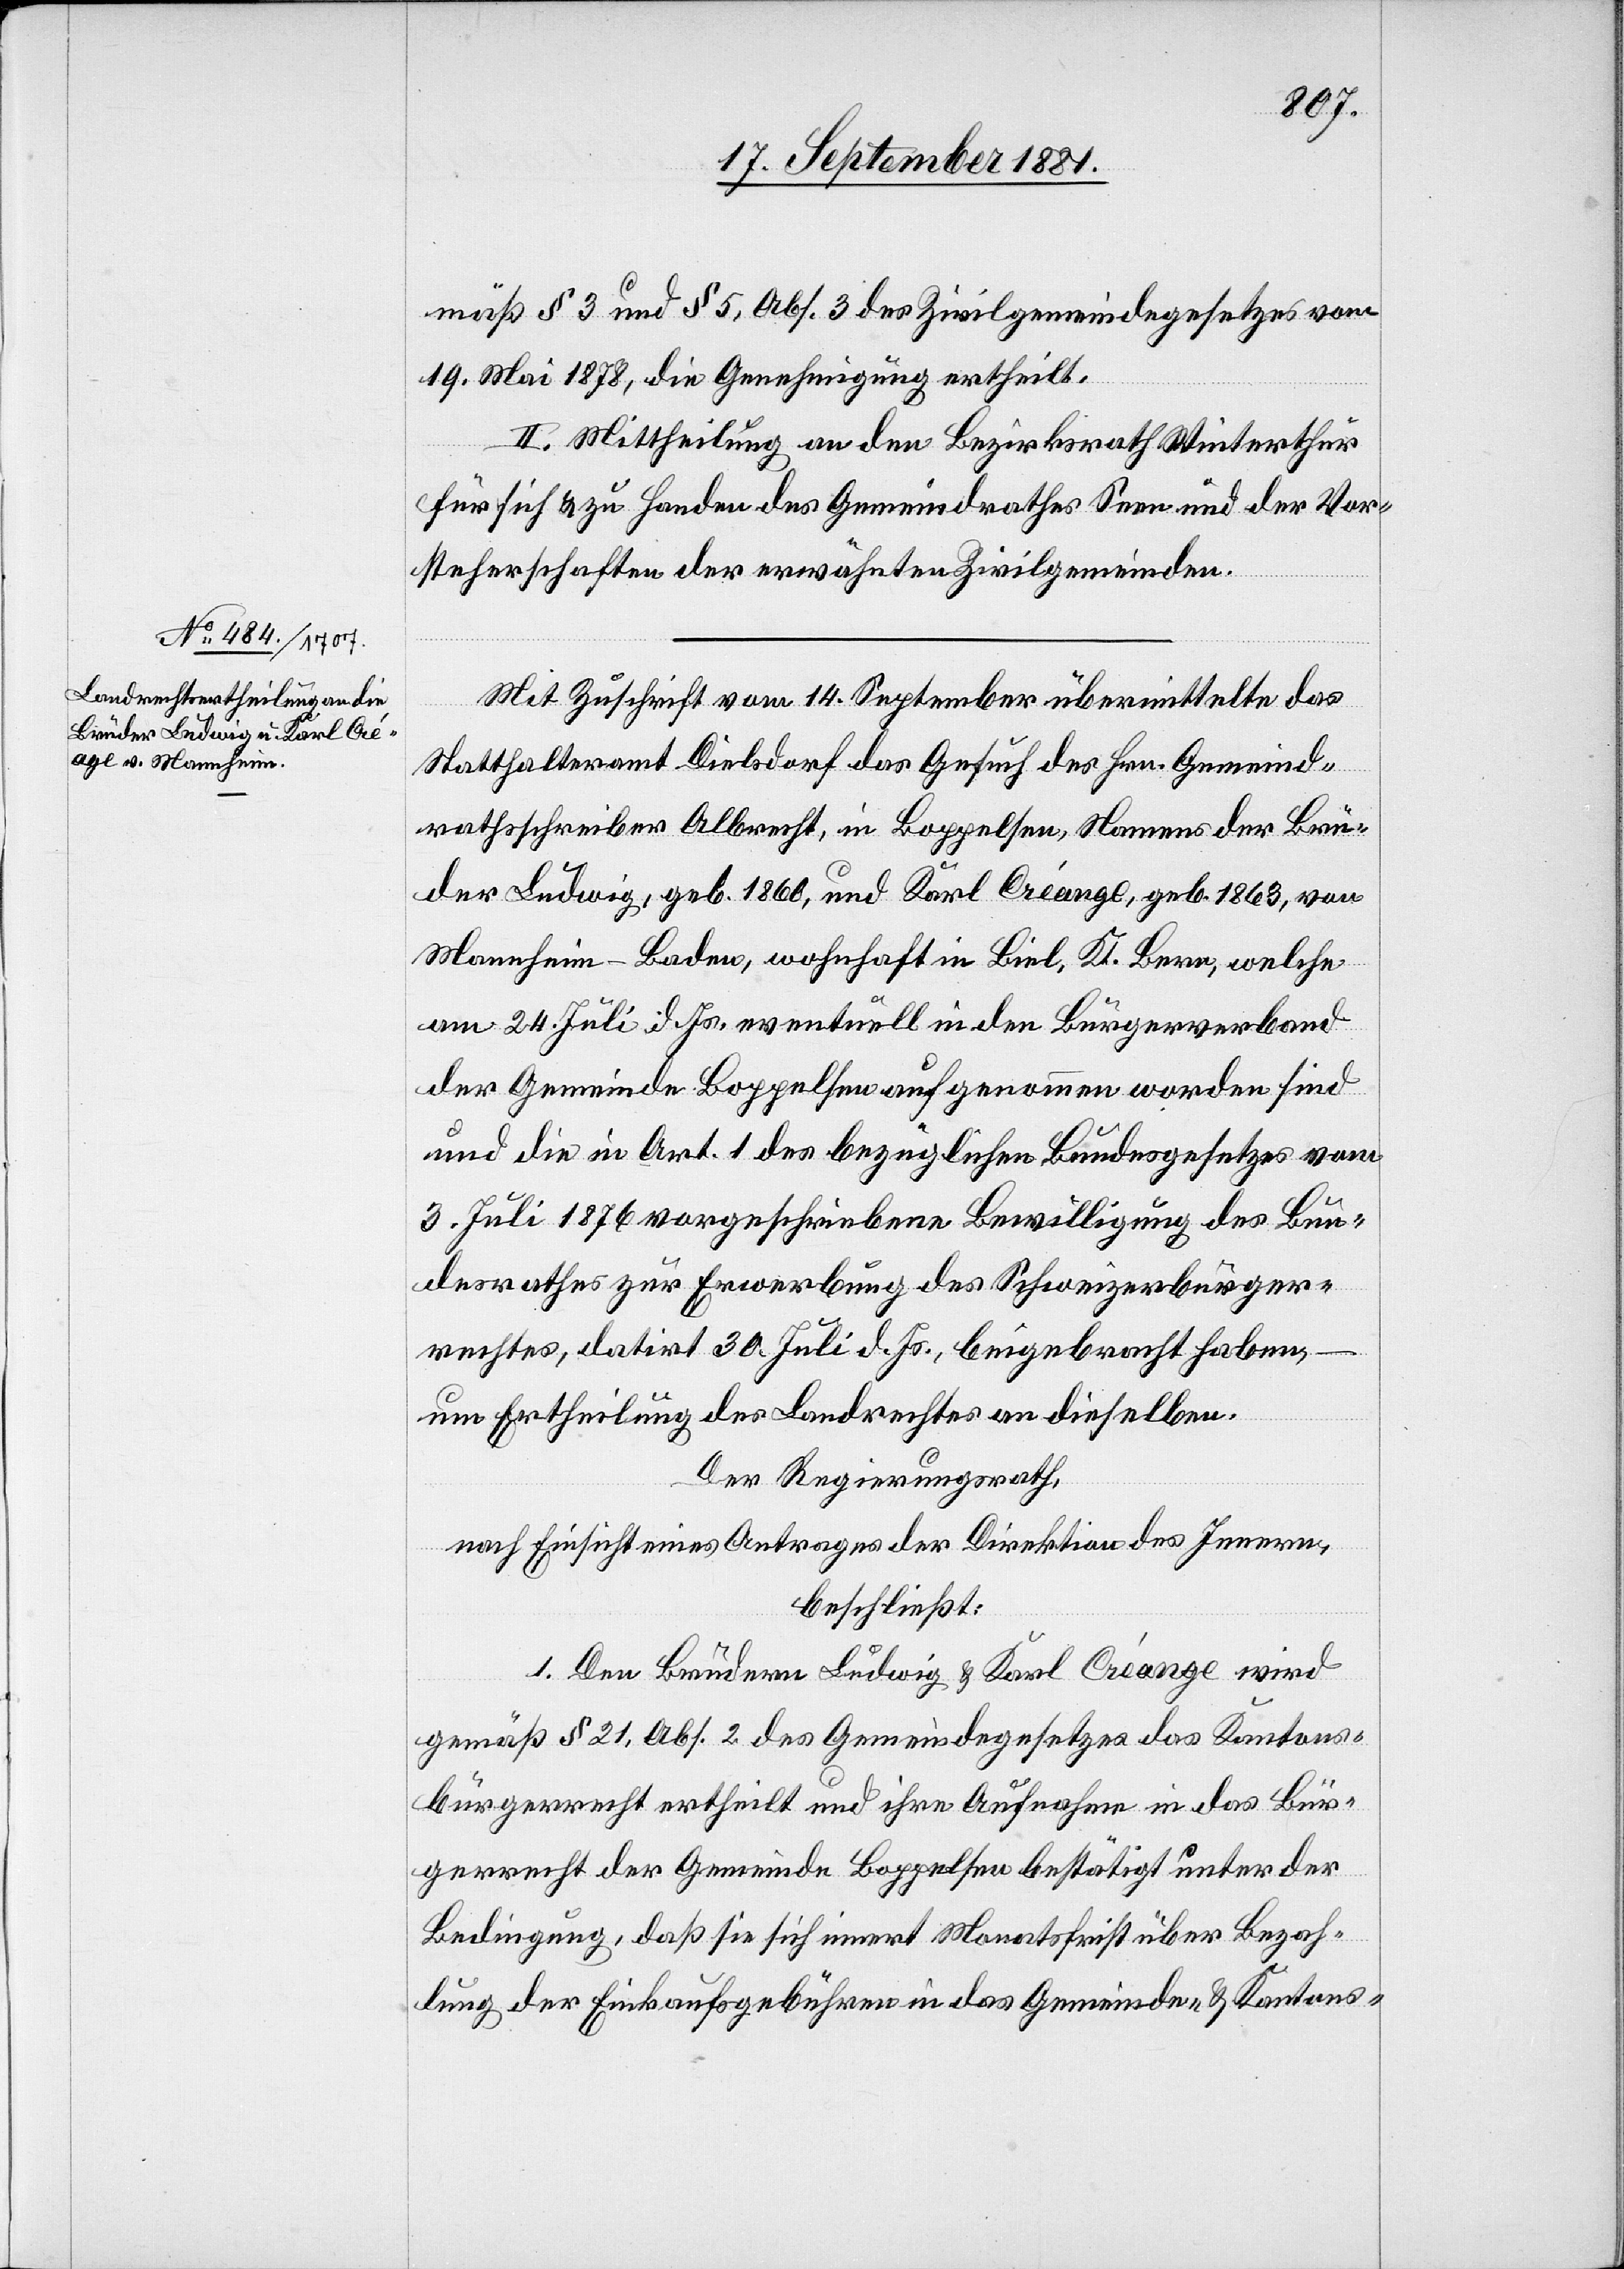
mäß § 3 und § 5, Abs. 3 des Zivilgemeindegesetzes vom
19.Mai 1878. die Genehmigung ertheilt.
II. Mittheilung an den Bezirksrath Winterthur
für sich & zu Handen des Gemeindrathes Seen und der Vor¬
steherschaften der erwähnten Zivilgemeinden.
Mit Zuschrift vom 14. September übermittelte das
Statthalteramt Dielsdorf das Gesuch des Hrn. Gemeind¬
rathsschreiber Albrecht, in Boppelsen, Namens der Brü¬
der Ludwig, geb. 1866, und Karl Créange, geb. 1863, von
Mannheim - Baden, wohnhaft in Biel, Kt. Bern, welche
am 24. Juli d. Js. eventuell in den Bürgerverband
der Gemeinde Boppelsen aufgenommen worden sind
und die in Art. 1 des bezüglichen Bundesgesetzes vom
3. Juli 1876 vorgeschriebene Bewilligung des Bun¬
desrathes zur Erwerbung des Schweizerbürger¬
rechtes, datirt 30. Juli d. Js., beigebracht haben,
um Ertheilung des Landrechtes an dieselben.
Der Regierungsrath,
nach Einsicht eines Antrages der Direktion des Innern,
beschließt:
1. Den Brüdern Ludwig & Karl Créange wird
gemäß § 21, Abs. 2 des Gemeindegesetzes das Kantons¬
bürgerrecht ertheilt und ihre Aufnahme in das Bür¬
gerrecht der Gemeinde Boppelsen bestätigt unter der
Bedingung, daß sie sich innert Monatsfrist über Bezah¬
lung der Einkaufsgebühren in das Gemeinde- & Kantons-